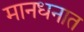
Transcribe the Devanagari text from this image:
मानधनात